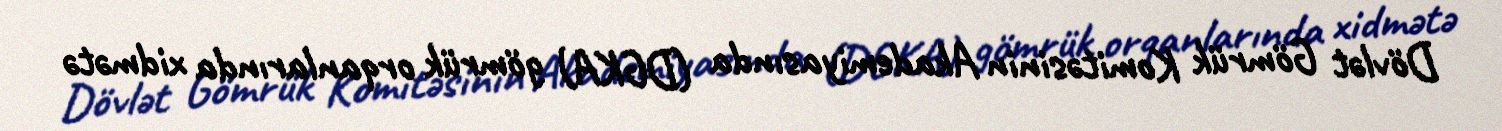
Dövlət Gömrük Komitəsinin Akademiyasında (DGKA) gömrük orqanlarında xidmətə